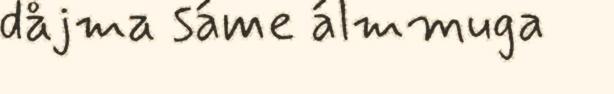
dåjma sáme álmmuga